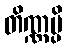
တိဏ္ဏမ္ပိ